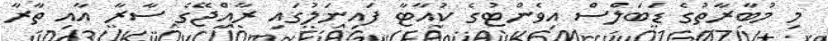
މި މުބާރާތުގެ ޑަބަލްސް އިވެންޓުގެ ކުއާޓާ ފައިނަލުގައި ރާއްޖޭގެ ސާރާ އާއި ތާރާ